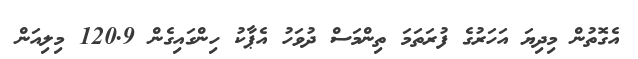
އެގޮތުން މިދިޔަ އަހަރުގެ ފުރަތަމަ ތިންމަސް ދުވަހު އެޕާކު ހިންގައިގެން 120.9 މިލިއަން